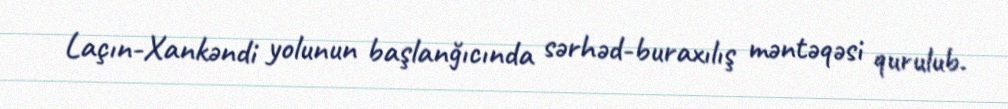
Laçın-Xankəndi yolunun başlanğıcında sərhəd-buraxılış məntəqəsi qurulub.